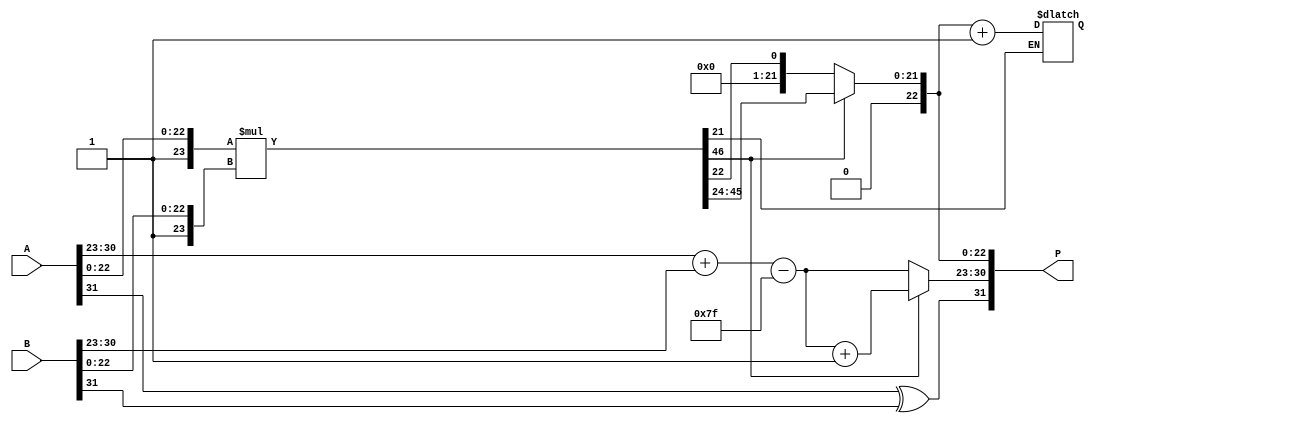
module floating_point_multiplier (
    input [31:0] A, // First floating-point number
    input [31:0] B, // Second floating-point number
    output reg [31:0] P // Product of A and B
);

    // Define the widths of parts of the floating-point representation
    parameter SIGN_WIDTH = 1;
    parameter EXP_WIDTH = 8;
    parameter MANT_WIDTH = 23;
    parameter EXP_BIAS = 127; // Bias for single-precision

    // Internal signal declarations
    wire signA = A[31];
    wire signB = B[31];
    wire [EXP_WIDTH-1:0] expA = A[30:23];
    wire [EXP_WIDTH-1:0] expB = B[30:23];
    wire [MANT_WIDTH-1:0] mantA = A[22:0];
    wire [MANT_WIDTH-1:0] mantB = B[22:0];

    wire [MANT_WIDTH*2:0] mantProduct; // Wider for mantissa multiplication
    wire [EXP_WIDTH-1:0] expProd;
    wire signProd;

    // Step 1: Determine the sign of the product
    assign signProd = signA ^ signB;

    // Step 2: Exponent calculation
    assign expProd = expA + expB - EXP_BIAS;

    // Step 3: Mantissa multiplication
    // IEEE 754 mantissas represent numbers as 1.M, thus add an implicit leading 1 bit
    wire [MANT_WIDTH:0] fullMantA = {1'b1, mantA}; // Implicit leading 1
    wire [MANT_WIDTH:0] fullMantB = {1'b1, mantB}; // Implicit leading 1

    // Perform multiplication: Note that this may need a higher precision multiplier.
    assign mantProduct = fullMantA * fullMantB;

    // Step 4: Normalize and handle the exponent
    reg [EXP_WIDTH-1:0] normalizedExp;
    reg [MANT_WIDTH-1:0] normalizedMant;

    always @(*) begin
        if (mantProduct[MANT_WIDTH*2] == 1'b1) begin
            // If the product is too large (1.xxxxx... -> shift right)
            normalizedMant = mantProduct[MANT_WIDTH*2-1:MANT_WIDTH+1]; // Shift right
            normalizedExp = expProd + 1; // Increase exponent
        end else begin
            normalizedMant = mantProduct[MANT_WIDTH-1:MANT_WIDTH-1]; // Take lower part
            normalizedExp = expProd; // Keep the exponent
        end
    end

    // Step 5: Rounding (simple rounding)
    wire roundBit = mantProduct[MANT_WIDTH-2]; // Simplified rounding logic
    always @(*) begin
        if (roundBit) begin
            normalizedMant = normalizedMant + 1;
        end
    end

    // Step 6: Assemble final product
    always @(*) begin
        P = {signProd, normalizedExp, normalizedMant[22:0]}; // Store mantissa in 23 bits
    end

endmodule